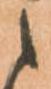
に